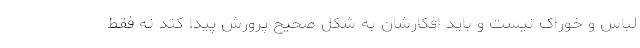
لباس و خوراک نیست و باید افکارشان به شکل صحیح پرورش پیدا کند نه فقط